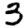
Digit: 3